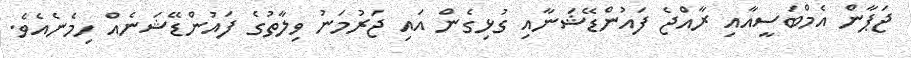
ޖަޕާން އެމްބަސީއާއި ރާއްޖެ ފައުންޑޭޝަނާއި ގުޅިގެން އައި ޖަރުމަނު ވިލާތުގެ ފައުންޑޭޝަނެއް ހިމެނެއެވެ.